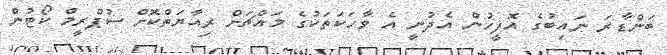
ބަންޑާރަ ނައިބުގެ އޮފީހުން އެދުނީ އެ ވާހަކަތަކުގެ މައްޗަށް ރިއާޔަތްކޮށް ސުޕްރީމް ކޯޓުން